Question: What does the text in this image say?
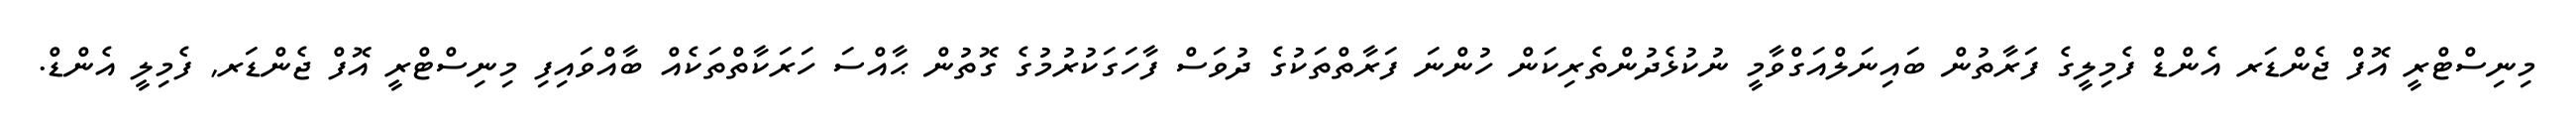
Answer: މިނިސްޓްރީ އޮފް ޖެންޑަރ އެންޑް ފެމިލީގެ ފަރާތުން ބައިނަލްއަގްވާމީ ނުކުޅެދުންތެރިކަން ހުންނަ ފަރާތްތަކުގެ ދުވަސް ފާހަގަކުރުމުގެ ގޮތުން ޙާއްސަ ހަރަކާތްތަކެއް ބާއްވައިފި މިނިސްޓްރީ އޮފް ޖެންޑަރ, ފެމިލީ އެންޑް.